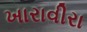
ખારાવીરા